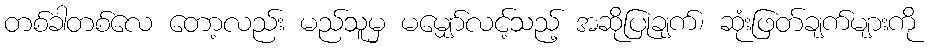
တစ်ခါတစ်လေ တော့လည်း မည်သူမှ မမျှော်လင့်သည့် အဆိုပြုချက်၊ ဆုံးဖြတ်ချက်များကို